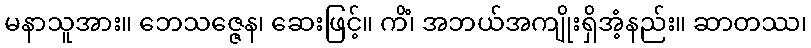
မနာသူအား။ ဘေသဇ္ဇေန၊ ဆေးဖြင့်။ ကိံ၊ အဘယ်အကျိုးရှိအံ့နည်း။ ဆာတဿ၊